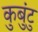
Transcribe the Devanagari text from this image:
कुबुंटु